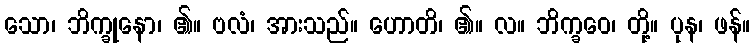
သော၊ ဘိက္ခုနော၊ ၏။ ဗလံ၊ အားသည်။ ဟောတိ၊ ၏။ လ။ ဘိက္ခဝေ၊ တို့။ ပုန၊ ဖန်။